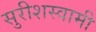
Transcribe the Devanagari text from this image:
सुरीशस्वामी